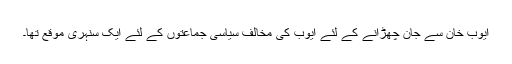
ایوب خان سے جان چھڑانے کے لئے ایوب کی مخالف سیاسی جماعتوں کے لئے ایک سنہری موقع تھا۔